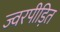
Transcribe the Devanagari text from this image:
ज्वरपीड़ित